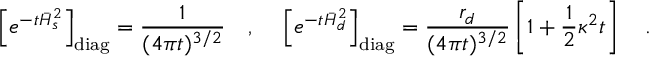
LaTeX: \left[ e ^ { - t \bar { H } _ { s } ^ { 2 } } \right] _ { \mathrm { d i a g } } = { \frac { 1 } { ( 4 \pi t ) ^ { 3 / 2 } } } ~ ~ ~ , { } ~ ~ ~ \left[ e ^ { - t \bar { H } _ { d } ^ { 2 } } \right] _ { \mathrm { d i a g } } = { \frac { r _ { d } } { ( 4 \pi t ) ^ { 3 / 2 } } } \left[ 1 + \frac 1 2 \kappa ^ { 2 } t \right] ~ ~ ~ .